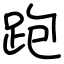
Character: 跑